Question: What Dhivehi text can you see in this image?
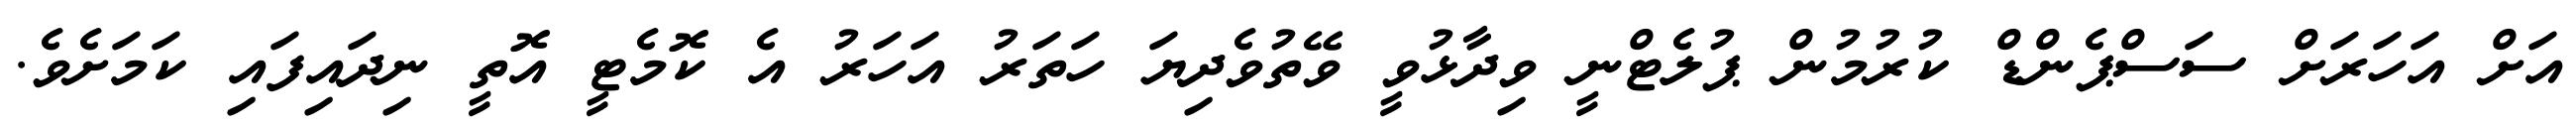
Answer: އަށް އަހަރަށް ސަސްޕެންޑް ކުރުމުން ޕުލެޓްނީ ވިދާޅުވީ ވޭތުވެދިޔަ ހަތަރު އަހަރު އެ ކޮމެޓީ އޮތީ ނިދައިފައި ކަމަށެވެ.